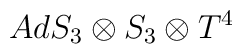
AdS_{3}\otimes S_{3}\otimes T^{4}\protect